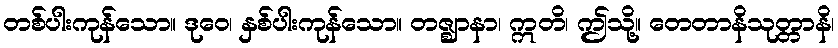
တစ်ပါးကုန်သော။ ဒုဝေ၊ နှစ်ပါးကုန်သော။ တဇ္ဈာနာ၊ ဣတိ၊ ဤသို့။ တေတာနိသုတ္တာနိ၊